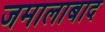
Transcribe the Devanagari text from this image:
जमालाबाद